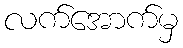
လက်အောက်မှ